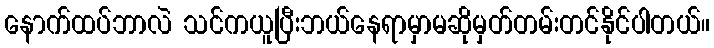
နောက်ထပ်ဘာလဲ သင်ကယူပြီးဘယ်နေရာမှာမဆိုမှတ်တမ်းတင်နိုင်ပါတယ်။